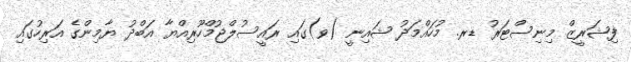
ފިޝަރީޒް މިނިސްޓަރު ޑރ. މުހައްމަދު ޝައިނީ (ވ)ގައި ރައީސުލްޖުމްހޫރިއްޔާ އަބްދު ޔާމިންގެ އަރިހުގައި